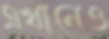
এখানেও